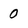
Character: 0